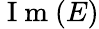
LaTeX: \mathrm{~I~m~}(E)